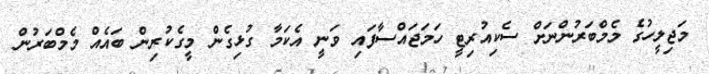
މަޖިލީހުގެ މެމްބަރުންނަށް ސެކިއުރިޓީ ހަމަޖައްސާފައި ވަނީ އެކަމާ ގުޅިގެން މީގެކުރިން ބައެއް މެމްބަރުން